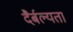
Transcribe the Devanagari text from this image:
दैर्बल्यता